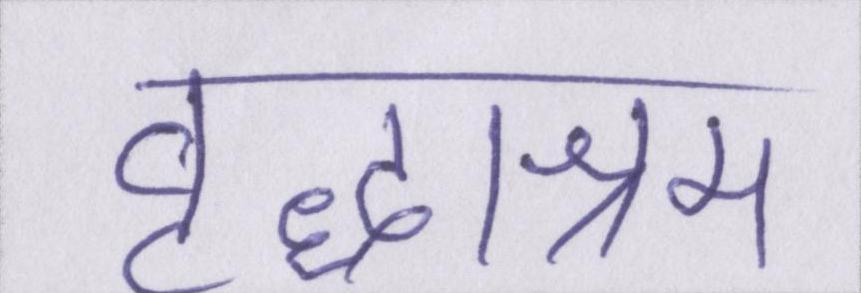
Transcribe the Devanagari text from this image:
वृद्धाश्रम